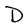
Character: D